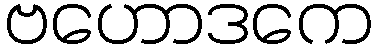
ဗဟောဒကေ